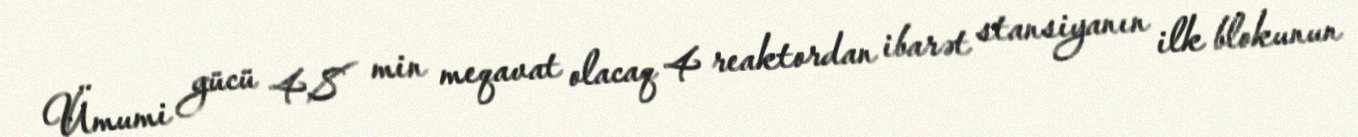
Ümumi gücü 4,8 min meqavat olacaq 4 reaktordan ibarət stansiyanın ilk blokunun